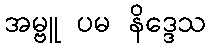
အမ္ဗူ ပမ နိဒ္ဒေသ